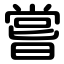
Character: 嘗